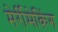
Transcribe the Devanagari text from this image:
मेर्रीमेकिंग